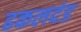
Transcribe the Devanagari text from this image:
ढकलदंड